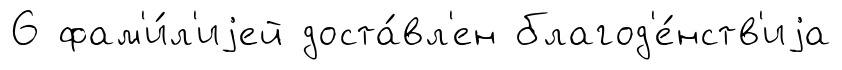
6 фам'и́л'иjей доста́вл'ен благод'е́нств'иjа